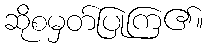
ဆိုစမှတ်ပြုကြ၏။